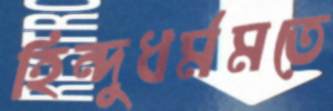
হিন্দুধর্মমতে